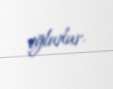
oğludur.